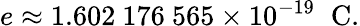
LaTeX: e\approx 1.602\ 176\ 565\times 10^{-19}\; \; \mathrm{C}.